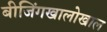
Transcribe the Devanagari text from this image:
बीजिंगखालोखाल